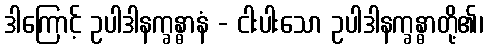
ဒါကြောင့် ဥပါဒါနက္ခန္ဓာနံ - ငါးပါးသော ဥပါဒါနက္ခန္ဓာတို့၏၊